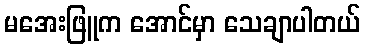
မအေးဖြူက အောင်မှာ သေချာပါတယ်